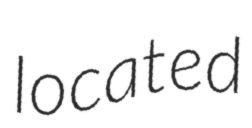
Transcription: located